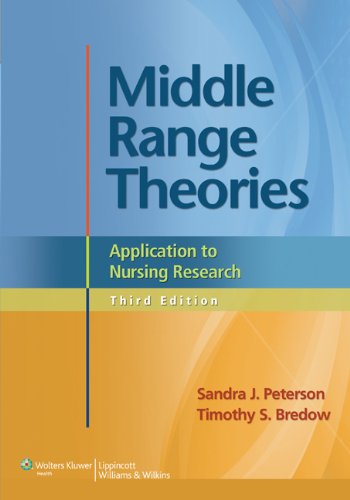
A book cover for Middle Range Theories: Application to Nursing Research; Sandra J. Peterson PhD  RN; Medical Books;